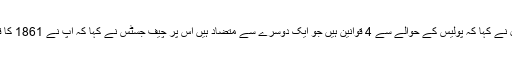
سندھ حکومت کے وکیل نے کہا کہ پولیس کے حوالے سے 4 قوانین ہیں جو ایک دوسرے سے متضاد ہیں اس پر چیف جسٹس نے کہا کہ آپ نے 1861 کا قانون ریوائز کر دیا ہے۔